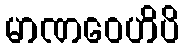
မာဏဝေဟိပိ